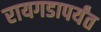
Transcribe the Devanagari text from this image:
रायगडापर्यंत